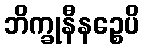
ဘိက္ခုနီနဉ္စေပိ